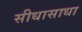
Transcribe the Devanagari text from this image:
सीधासाधा